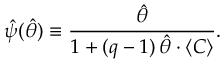
\hat { \psi } ( \hat { \theta } ) \equiv \frac { \hat { \theta } } { 1 + ( q - 1 ) \, \hat { \theta } \cdot \langle C \rangle } .